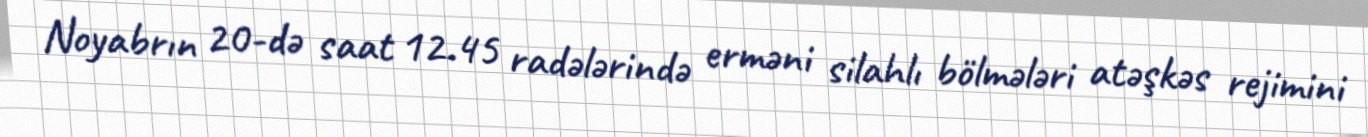
Noyabrın 20-də saat 12.45 radələrində erməni silahlı bölmələri atəşkəs rejimini